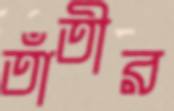
তাঁতীর